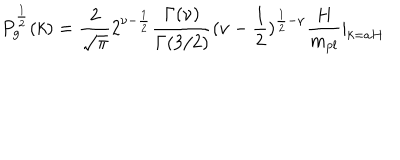
P _ { g } ^ { \frac { 1 } { 2 } } ( k ) = \frac { 2 } { \sqrt { \pi } } 2 ^ { \nu - \frac { 1 } { 2 } } \frac { \Gamma ( \nu ) } { \Gamma ( 3 / 2 ) } ( \nu - \frac { 1 } { 2 } ) ^ { \frac { 1 } { 2 } - \nu } \frac { H } { m _ { p l } } | _ { k = a H }